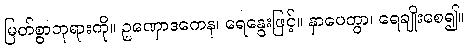
မြတ်စွာဘုရားကို။ ဥဏှောဒကေန၊ ရေနွေးဖြင့်။ နှာပေတွာ၊ ရေချိုးစေ၍။